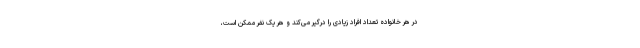
در هر خانواده تعداد افراد زیادی را درگیر می‌کند و هر یک نفر ممکن است،